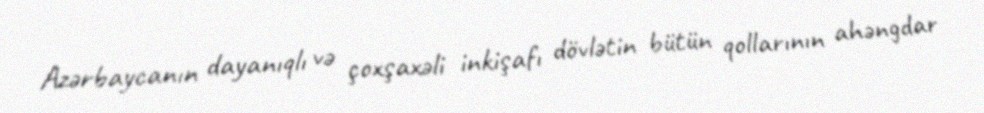
Azərbaycanın dayanıqlı və çoxşaxəli inkişafı dövlətin bütün qollarının ahəngdar